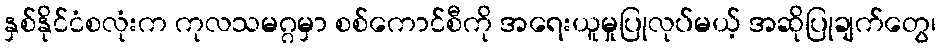
နှစ်နိုင်ငံစလုံးက ကုလသမဂ္ဂမှာ စစ်ကောင်စီကို အရေးယူမှုပြုလုပ်မယ့် အဆိုပြုချက်တွေ၊